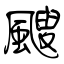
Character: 颼